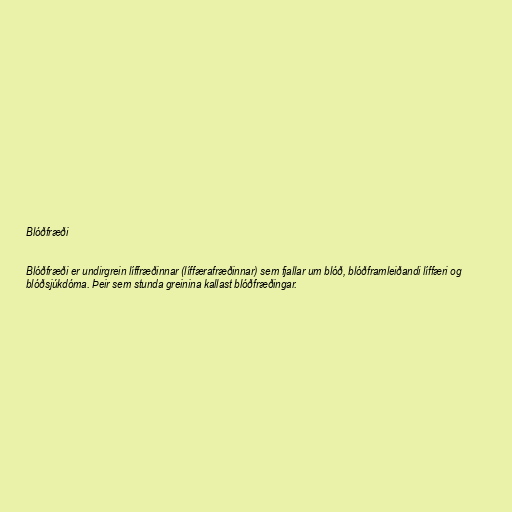
Blóðfræði

Blóðfræði er undirgrein líffræðinnar (líffærafræðinnar) sem fjallar um blóð, blóðframleiðandi líffæri og
blóðsjúkdóma. Þeir sem stunda greinina kallast blóðfræðingar.